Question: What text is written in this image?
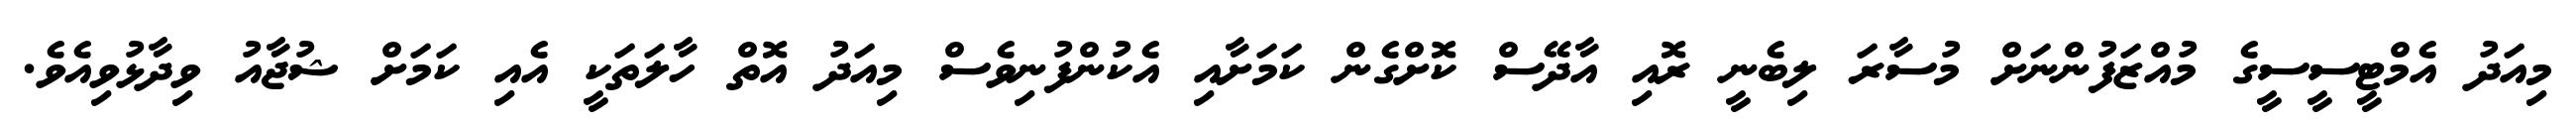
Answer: މިއަދު އެމްޓީސީސީގެ މުއްޒަފުންނަށް މުސާރަ ލިބެނީ ރޮއި އާދޭސް ކޮށްގެން ކަމަށާއި އެކުންފުނިވެސް މިއަދު އޮތް ހާލަތަކީ އެއި ކަމަށް ޝުޖާއު ވިދާޅުވިއެވެ.